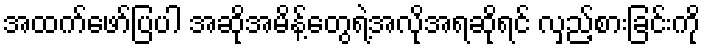
အထက်ဖော်ပြပါ အဆိုအမိန့်တွေရဲ့အလိုအရဆိုရင် လှည့်စားခြင်းကို